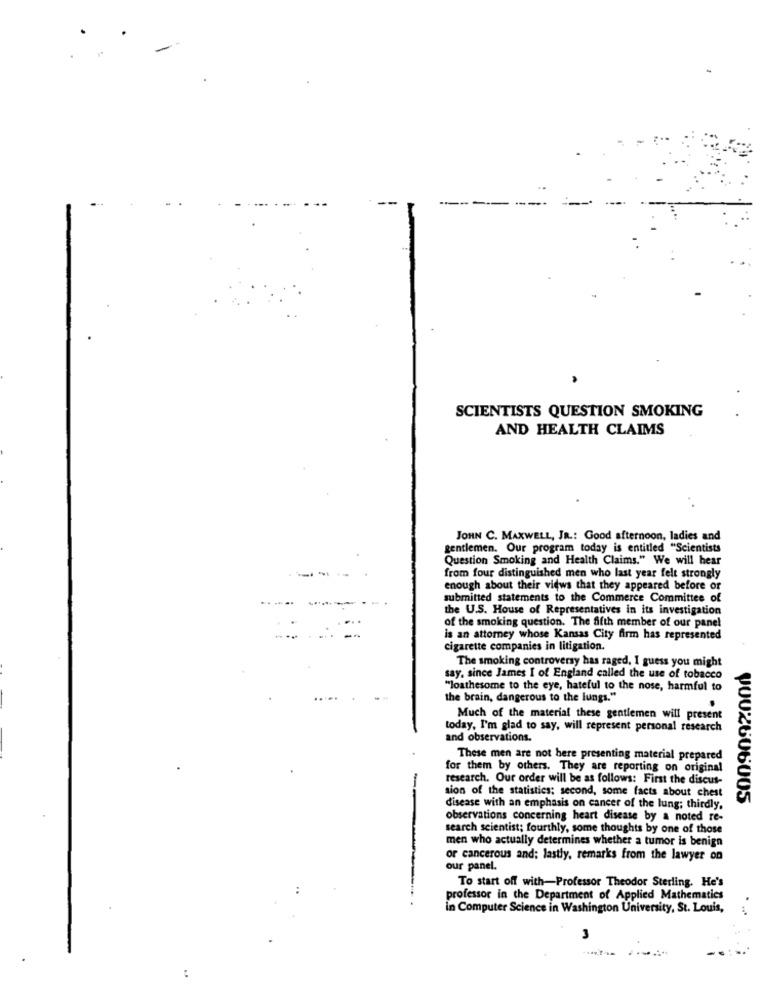
--
SCIENTISTS QUESTION SMOKING
AND HEALTH CLAIMS
JOHN C. MAXWELL, JR .: Good afternoon, ladies and
gentlemen. Our program today is entitled "Scientists
Question Smoking and Health Claims." We will hear
from four distinguished men who last year felt strongly
enough about their views that they appeared before or
submitted statements to the Commerce Committee of
the U.S. House of Representatives in its investigation
of the smoking question. The fifth member of our panel
is an attorney whose Kansas City firm has represented
cigarette companies in litigation.
The smoking controversy has raged, I guess you might
say, since James I of England called the use of tobacco
"loathesome to the eye, hateful to the nose, harmful to
the brain, dangerous to the lungs."
Much of the material these gentlemen will present
today, I'm glad to say, will represent personal research
and observations.
These men are not here presenting material prepared
for them by others. They are reporting on original
research. Our order will be as follows: First the discus-
sion of the statistics; second, some facts about chest
--
VOU2606005
disease with an emphasis on cancer of the lung; thirdly,
observations concerning heart disease by a noted re-
search scientist; fourthly, some thoughts by one of those
men who actually determines whether a tumor is benign
or cancerous and; lastly, remarks from the lawyer on
our panel.
To start off with-Professor Theodor Sterling. He's
professor in the Department of Applied Mathematics
in Computer Science in Washington University, St. Louis,
3